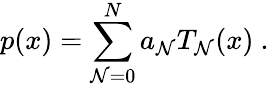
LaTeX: p(x)=\sum_{\mathcal{N}=0}^{N}a_{\mathcal{N}}T_{\mathcal{N}}(x)~.